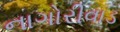
નાગોરીવાડ